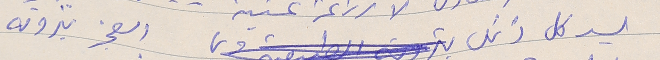
يسد كل ذلك العجز بثروته